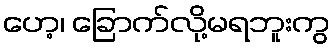
ဟေ့၊ ခြောက်လို့မရဘူးကွ